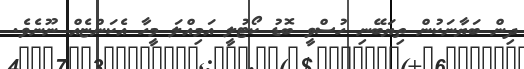
ދިން ބަޔާނަކުން ތިޔަބޭނި ހުސްވީ ބޮޑު ކޯޓުލީ އަމިއްލަ މީހާ އެކަންޏެއް ނޫނެވެ.